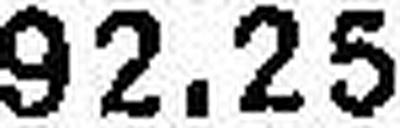
92.25